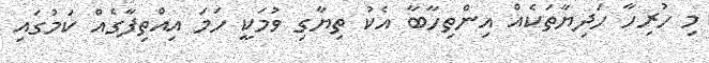
މި ހުރިހާ ހަދިޔާތަކެއް އިންތިހާބާ އެކު ތިޔާގި ވުމަކީ ހަމަ އިއްތިފާގެއް ކަމުގައި